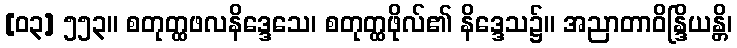
[၀၃] ၅၅၃။ စတုတ္ထဖလနိဒ္ဒေသေ၊ စတုတ္ထဖိုလ်၏ နိဒ္ဒေသ၌။ အညာတာဝိန္ဒြိယန္တိ၊